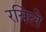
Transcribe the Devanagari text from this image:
रयिले